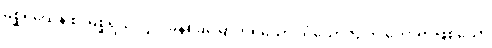
မစ္ဆရိယေန စ၊ မစ္ဆရိယလျှင် ခုနစ်ခုမြောက်ရှိသော သံယောဇဉ်ကို ဟောရာဖြစ်သော